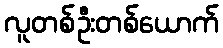
လူတစ်ဦးတစ်ယောက်